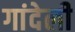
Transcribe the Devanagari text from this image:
गांदेली